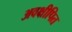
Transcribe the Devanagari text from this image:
अवक्षीपित